Vaccine operations Central Provinces 1886-1899 - 1886-1899
Year: 1886
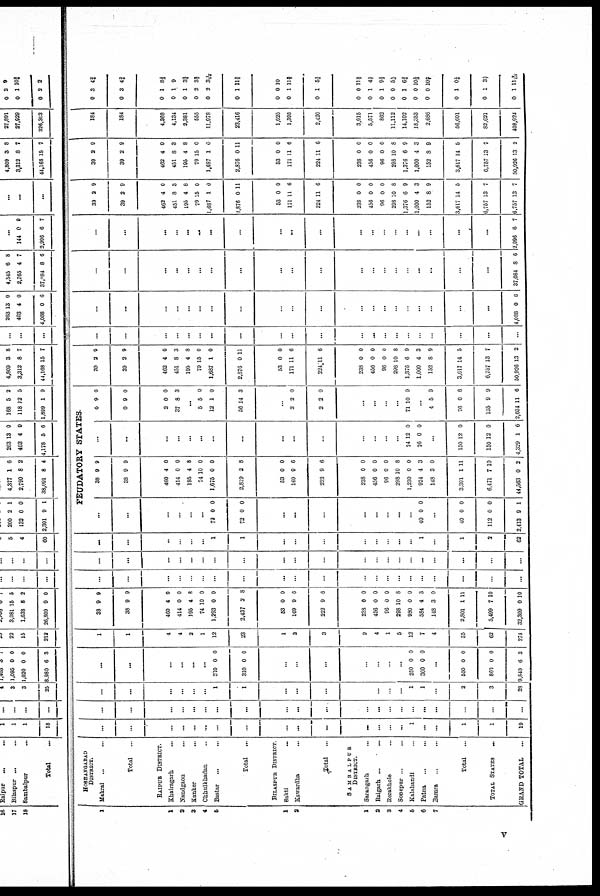
1
1
2
3
4
5
1
2
1
2
3
4
5
6
7
HOSHANGABAD
DISTRICT.
Makrai ... ...
Total …
RAIPUR DISTRICT.
Khairagarh ...
Nandgaon ...
Kanker ...
Chhuikhadan ...
Bastar
...
...
Total
...
BILASPUR DISTRICT.
Sakti
...
Kawardha ...
Total
...
SAMBALPUR
DISTRICT.
Sarangarh
...
Raigarh ... ...
Rerakhole …
Sonepur ...
...
Kalahandi …
Patna
...
...
Bamra … …
Total …
TOTAL STATES
...
GRAND TOTAL
...
...
...
...
...
...
...
...
...
...
...
...
...
...
...
...
1
...
...
1
1
19
...
...
...
...
...
...
...
...
...
...
...
...
...
...
...
...
...
...
…
...
...
...
...
...
...
...
...
1
1
...
...
...
...
...
...
...
1
1
...
2
3
23
...
...
...
...
...
...
310
310
0
0
0
0
...
...
...
...
...
...
...
250
300
0
0
0
0
...
550
860
9,840
0
0
6
0
0
3
1
1
4
4
2
1
12
23
1
2
3
2
4
1
5
12
7
4
35
62
274
38
38
9
9
9
9
460
414
195
74
1,293
2,437
4
0
4
10
0
2
0
0
8
0
0
8
53
169
222
0
9
9
0
6
6
233
456
96
298
980
534
148
2,801
5,499
32,309
0
0
0
10
0
4
3
1
7
0
0
0
0
8
0
3
0
11
10
10
...
...
...
...
...
...
...
...
...
...
...
...
...
...
...
…
...
...
…
...
...
...
...
...
...
...
...
...
...
...
...
...
...
...
..
...
…
...
...
…
...
...
... …
...
...
...
...
1
1
...
...
...
...
...
...
...
…
1
...
1
3
62
FEUDATORY STATES
...
...
...
...
...
...
72
73
0
0
0
0
...
...
...
...
...
…
...
...
40 0 0
...
40
112
2,413
0
0
9
0
0
1
38
38
9
9
9
9
460
414
195
74
1,675
2,819
4
0
4
10
0
2
0
0
8
0
0
8
53
169
222
0
9
9
0
6
6
238
456
96
298
1,230
924
148
3,391
6,471
44,563
0
0
0
10
0
4
3
1
7
0
0
0
0
8
0
3
0
11
10
2
...
...
...
...
...
...
...
...
...
...
...
...
...
…
...
74
76
12
0
0
0
...
150
150
4,329
12
12
1
0
0
6
0
0
9
9
0
0
2
37
0
8
0
3
...
5
12
50
5
1
14
0
0
3
...
2
2
2
2
0
0
...
...
..
...
71 10 9
...
4
76
135
2,034
5
0
9
11
9
6
9
6
39
39
2
2
9
9
462
451
195
79
1,687
2,876
4
8
4
15
1
0
0
3
8
0
0
11
53
171
224
0
11
11
0
6
6
238
456
96
298
1,376
1,000
152
3,617
6,757
50,926
0
0
0
10
6
4
8
14
13
13
0
0
0
8
9
3
9
5
7
2
...
...
...
...
...
...
...
...
...
...
...
...
...
...
...
...
...
...
…
...
...
...
...
...
...
...
...
...
...
...
...
...
...
...
...
...
...
...
...
...
...
4,088 0 6
...
...
...
...
...
...
...
...
...
...
...
...
...
...
...
...
...
...
...
...
37,084 8 6
...
...
...
...
...
...
...
...
...
...
...
...
...
...
...
...
...
...
…
...
2,996 6 7
39
39
2
2
9
9
462
451
195
79
1,687
2,876
4
8
4
15
1
0
0
3
8
0
0
11
53
171
224
0
11
11
0
6
6
238
456
96
298
1,376
1,000
152
3,617
6,757
6,757
0
0
0
10
6
4
8
14
13
13
0
0
0
8
9
3
9
5
7
7
39
39
2
2
9
9
462
451
195
79
1,687
2,876
4
8
4
15
1
0
0
3
8
0
0
11
53
171
224
0
11
11
0
6
6
233
456
96
293
1,376
1,000
152
3,617
6,757
50,926
0
0
0
10
6
4
8
14
13
13
0
0
0
8
9
3
9
5
7
2
184
184
4,368
4,134
2,381
555
11,978
23,416
1,025
1,395
2,420
3,915
5,571
862
11,112
14,102
18,353
2,686
56,601
82,621
408,924
0
0
3
3
4¾
4¾
0
0
0
0
0
0
1
1
1
2
2
1
8⅓
9
3¾
3¾
3¼
11¾
0
0
0
0
1
1
10
11⅔
5⅝
0
0
0
0
0
0
0
0
0
0
0
1
1
0
1
0
0
1
1
1
1⅞
4¼
9⅓
5½
6¾
10½
10½
0⅓
3¾
11 2/10
v